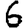
Digit: 6